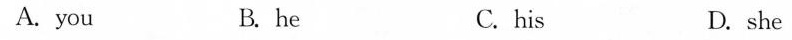
A. you B. he C.his D.she